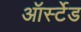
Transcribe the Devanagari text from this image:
ऑर्स्टेड